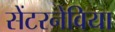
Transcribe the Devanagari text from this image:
सेंटरनेविया